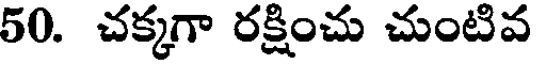
50. చక్కగా రక్షించు చుంటివ